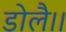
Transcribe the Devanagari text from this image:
डोलै।।